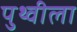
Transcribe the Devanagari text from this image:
पुथ्वीला